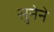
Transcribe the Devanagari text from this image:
सुनेने